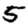
Digit: 5